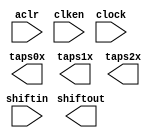
// megafunction wizard: %Shift register (RAM-based)%VBB%
// GENERATION: STANDARD
// VERSION: WM1.0
// MODULE: ALTSHIFT_TAPS 

// ============================================================
// Megafunction Name(s):
// 			ALTSHIFT_TAPS
//
// Simulation Library Files(s):
// 			altera_mf
// ============================================================
// ************************************************************
// THIS IS A WIZARD-GENERATED FILE. DO NOT EDIT THIS FILE!
//
// 15.0.0 Build 145 04/22/2015 SJ Full Version
// ************************************************************

//Copyright (C) 1991-2015 Altera Corporation. All rights reserved.
//Your use of Altera Corporation's design tools, logic functions 
//and other software and tools, and its AMPP partner logic 
//functions, and any output files from any of the foregoing 
//(including device programming or simulation files), and any 
//associated documentation or information are expressly subject 
//to the terms and conditions of the Altera Program License 
//Subscription Agreement, the Altera Quartus II License Agreement,
//the Altera MegaCore Function License Agreement, or other 
//applicable license agreement, including, without limitation, 
//that your use is for the sole purpose of programming logic 
//devices manufactured by Altera and sold by Altera or its 
//authorized distributors.  Please refer to the applicable 
//agreement for further details.

module Purify_Line_Buffer (
	aclr,
	clken,
	clock,
	shiftin,
	shiftout,
	taps0x,
	taps1x,
	taps2x);

	input	  aclr;
	input	  clken;
	input	  clock;
	input	[7:0]  shiftin;
	output	[7:0]  shiftout;
	output	[7:0]  taps0x;
	output	[7:0]  taps1x;
	output	[7:0]  taps2x;
`ifndef ALTERA_RESERVED_QIS
// synopsys translate_off
`endif
	tri1	  aclr;
	tri1	  clken;
`ifndef ALTERA_RESERVED_QIS
// synopsys translate_on
`endif

endmodule

// ============================================================
// CNX file retrieval info
// ============================================================
// Retrieval info: PRIVATE: ACLR NUMERIC "1"
// Retrieval info: PRIVATE: CLKEN NUMERIC "1"
// Retrieval info: PRIVATE: GROUP_TAPS NUMERIC "1"
// Retrieval info: PRIVATE: INTENDED_DEVICE_FAMILY STRING "Cyclone IV E"
// Retrieval info: PRIVATE: NUMBER_OF_TAPS NUMERIC "3"
// Retrieval info: PRIVATE: RAM_BLOCK_TYPE NUMERIC "3"
// Retrieval info: PRIVATE: SYNTH_WRAPPER_GEN_POSTFIX STRING "0"
// Retrieval info: PRIVATE: TAP_DISTANCE NUMERIC "640"
// Retrieval info: PRIVATE: WIDTH NUMERIC "8"
// Retrieval info: LIBRARY: altera_mf altera_mf.altera_mf_components.all
// Retrieval info: CONSTANT: INTENDED_DEVICE_FAMILY STRING "Cyclone IV E"
// Retrieval info: CONSTANT: LPM_HINT STRING "RAM_BLOCK_TYPE=AUTO"
// Retrieval info: CONSTANT: LPM_TYPE STRING "altshift_taps"
// Retrieval info: CONSTANT: NUMBER_OF_TAPS NUMERIC "3"
// Retrieval info: CONSTANT: TAP_DISTANCE NUMERIC "640"
// Retrieval info: CONSTANT: WIDTH NUMERIC "8"
// Retrieval info: USED_PORT: aclr 0 0 0 0 INPUT VCC "aclr"
// Retrieval info: USED_PORT: clken 0 0 0 0 INPUT VCC "clken"
// Retrieval info: USED_PORT: clock 0 0 0 0 INPUT NODEFVAL "clock"
// Retrieval info: USED_PORT: shiftin 0 0 8 0 INPUT NODEFVAL "shiftin[7..0]"
// Retrieval info: USED_PORT: shiftout 0 0 8 0 OUTPUT NODEFVAL "shiftout[7..0]"
// Retrieval info: USED_PORT: taps0x 0 0 8 0 OUTPUT NODEFVAL "taps0x[7..0]"
// Retrieval info: USED_PORT: taps1x 0 0 8 0 OUTPUT NODEFVAL "taps1x[7..0]"
// Retrieval info: USED_PORT: taps2x 0 0 8 0 OUTPUT NODEFVAL "taps2x[7..0]"
// Retrieval info: CONNECT: @aclr 0 0 0 0 aclr 0 0 0 0
// Retrieval info: CONNECT: @clken 0 0 0 0 clken 0 0 0 0
// Retrieval info: CONNECT: @clock 0 0 0 0 clock 0 0 0 0
// Retrieval info: CONNECT: @shiftin 0 0 8 0 shiftin 0 0 8 0
// Retrieval info: CONNECT: shiftout 0 0 8 0 @shiftout 0 0 8 0
// Retrieval info: CONNECT: taps0x 0 0 8 0 @taps 0 0 8 0
// Retrieval info: CONNECT: taps1x 0 0 8 0 @taps 0 0 8 8
// Retrieval info: CONNECT: taps2x 0 0 8 0 @taps 0 0 8 16
// Retrieval info: GEN_FILE: TYPE_NORMAL Purify_Line_Buffer.v TRUE
// Retrieval info: GEN_FILE: TYPE_NORMAL Purify_Line_Buffer.inc FALSE
// Retrieval info: GEN_FILE: TYPE_NORMAL Purify_Line_Buffer.cmp FALSE
// Retrieval info: GEN_FILE: TYPE_NORMAL Purify_Line_Buffer.bsf FALSE
// Retrieval info: GEN_FILE: TYPE_NORMAL Purify_Line_Buffer_inst.v FALSE
// Retrieval info: GEN_FILE: TYPE_NORMAL Purify_Line_Buffer_bb.v TRUE
// Retrieval info: LIB_FILE: altera_mf